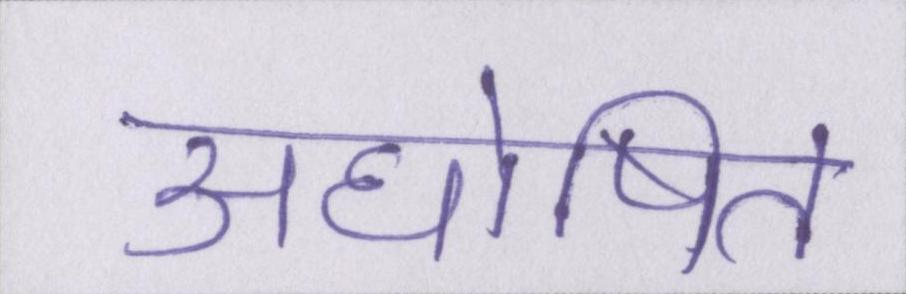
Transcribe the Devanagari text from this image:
अघोषित